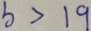
b > 1 9